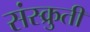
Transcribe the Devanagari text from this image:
संस्क्रुती